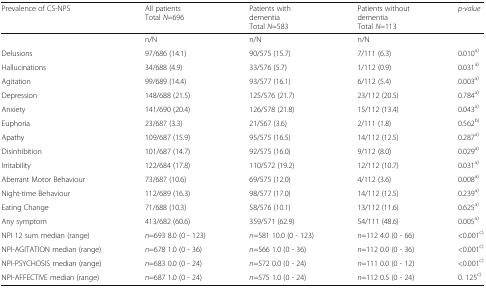
<table><thead><tr><td><b>Prevalence of CS-NPS</b></td><td><b>All patients Total <i>N</i>=696</b></td><td><b>Patients with dementia Total <i>N</i>=583</b></td><td><b>Patients without dementia Total <i>N</i>=113</b></td><td><b><i>p-value</i></b></td></tr></thead><tbody><tr><td></td><td>n/N</td><td>n/N</td><td>n/N</td><td></td></tr><tr><td>Delusions</td><td>97/686 (14.1)</td><td>90/575 (15.7)</td><td>7/111 (6.3)</td><td>0.010<sup>a)</sup></td></tr><tr><td>Hallucinations</td><td>34/688 (4.9)</td><td>33/576 (5.7)</td><td>1/112 (0.9)</td><td>0.031<sup>a)</sup></td></tr><tr><td>Agitation</td><td>99/689 (14.4)</td><td>93/577 (16.1)</td><td>6/112 (5.4)</td><td>0.003<sup>a)</sup></td></tr><tr><td>Depression</td><td>148/688 (21.5)</td><td>125/576 (21.7)</td><td>23/112 (20.5)</td><td>0.784<sup>a)</sup></td></tr><tr><td>Anxiety</td><td>141/690 (20.4)</td><td>126/578 (21.8)</td><td>15/112 (13.4)</td><td>0.043<sup>a)</sup></td></tr><tr><td>Euphoria</td><td>23/687 (3.3)</td><td>21/567 (3.6)</td><td>2/111 (1.8)</td><td>0.562<sup>b)</sup></td></tr><tr><td>Apathy</td><td>109/687 (15.9)</td><td>95/575 (16.5)</td><td>14/112 (12.5)</td><td>0.287<sup>a)</sup></td></tr><tr><td>Disinhibition</td><td>101/687 (14.7)</td><td>92/575 (16.0)</td><td>9/112 (8.0)</td><td>0.029<sup>a)</sup></td></tr><tr><td>Irritability</td><td>122/684 (17.8)</td><td>110/572 (19.2)</td><td>12/112 (10.7)</td><td>0.031<sup>a)</sup></td></tr><tr><td>Aberrant Motor Behaviour</td><td>73/687 (10.6)</td><td>69/575 (12.0)</td><td>4/112 (3.6)</td><td>0.008<sup>a)</sup></td></tr><tr><td>Night-time Behaviour</td><td>112/689 (16.3)</td><td>98/577 (17.0)</td><td>14/112 (12.5)</td><td>0.239<sup>a)</sup></td></tr><tr><td>Eating Change</td><td>71/688 (10.3)</td><td>58/576 (10.1)</td><td>13/112 (11.6)</td><td>0.625<sup>a)</sup></td></tr><tr><td>Any symptom</td><td>413/682 (60.6)</td><td>359/571 (62.9)</td><td>54/111 (48.6)</td><td>0.005<sup>a)</sup></td></tr><tr><td>NPI 12 sum median (range)</td><td><i>n</i>=693 8.0 (0 - 123)</td><td><i>n</i>=581 10.0 (0 - 123)</td><td><i>n</i>=112 4.0 (0 - 66)</td><td>&lt;0.001<sup>c)</sup></td></tr><tr><td>NPI-AGITATION median (range)</td><td><i>n</i>=678 1.0 (0 - 36)</td><td><i>n</i>=566 1.0 (0 - 36)</td><td><i>n</i>=112 0.0 (0 - 36)</td><td>&lt;0.001<sup>c)</sup></td></tr><tr><td>NPI-PSYCHOSIS median (range)</td><td><i>n</i>=683 0.0 (0 - 24)</td><td><i>n</i>=572 0.0 (0 - 24)</td><td><i>n</i>=111 0.0 (0 - 12)</td><td>&lt;0.001<sup>c)</sup></td></tr><tr><td>NPI-AFFECTIVE median (range)</td><td><i>n</i>=687 1.0 (0 - 24)</td><td><i>n</i>=575 1.0 (0 - 24)</td><td><i>n</i>=112 0.5 (0 - 24)</td><td>0. 125<sup>c)</sup></td></tr></tbody></table>